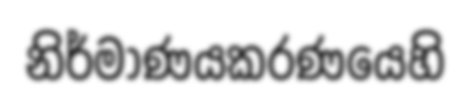
නිර්මාණයකරණයෙහි